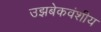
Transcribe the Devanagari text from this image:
उझबेकवंशीय